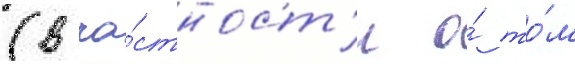
(в ча́стност'и о́ то́м